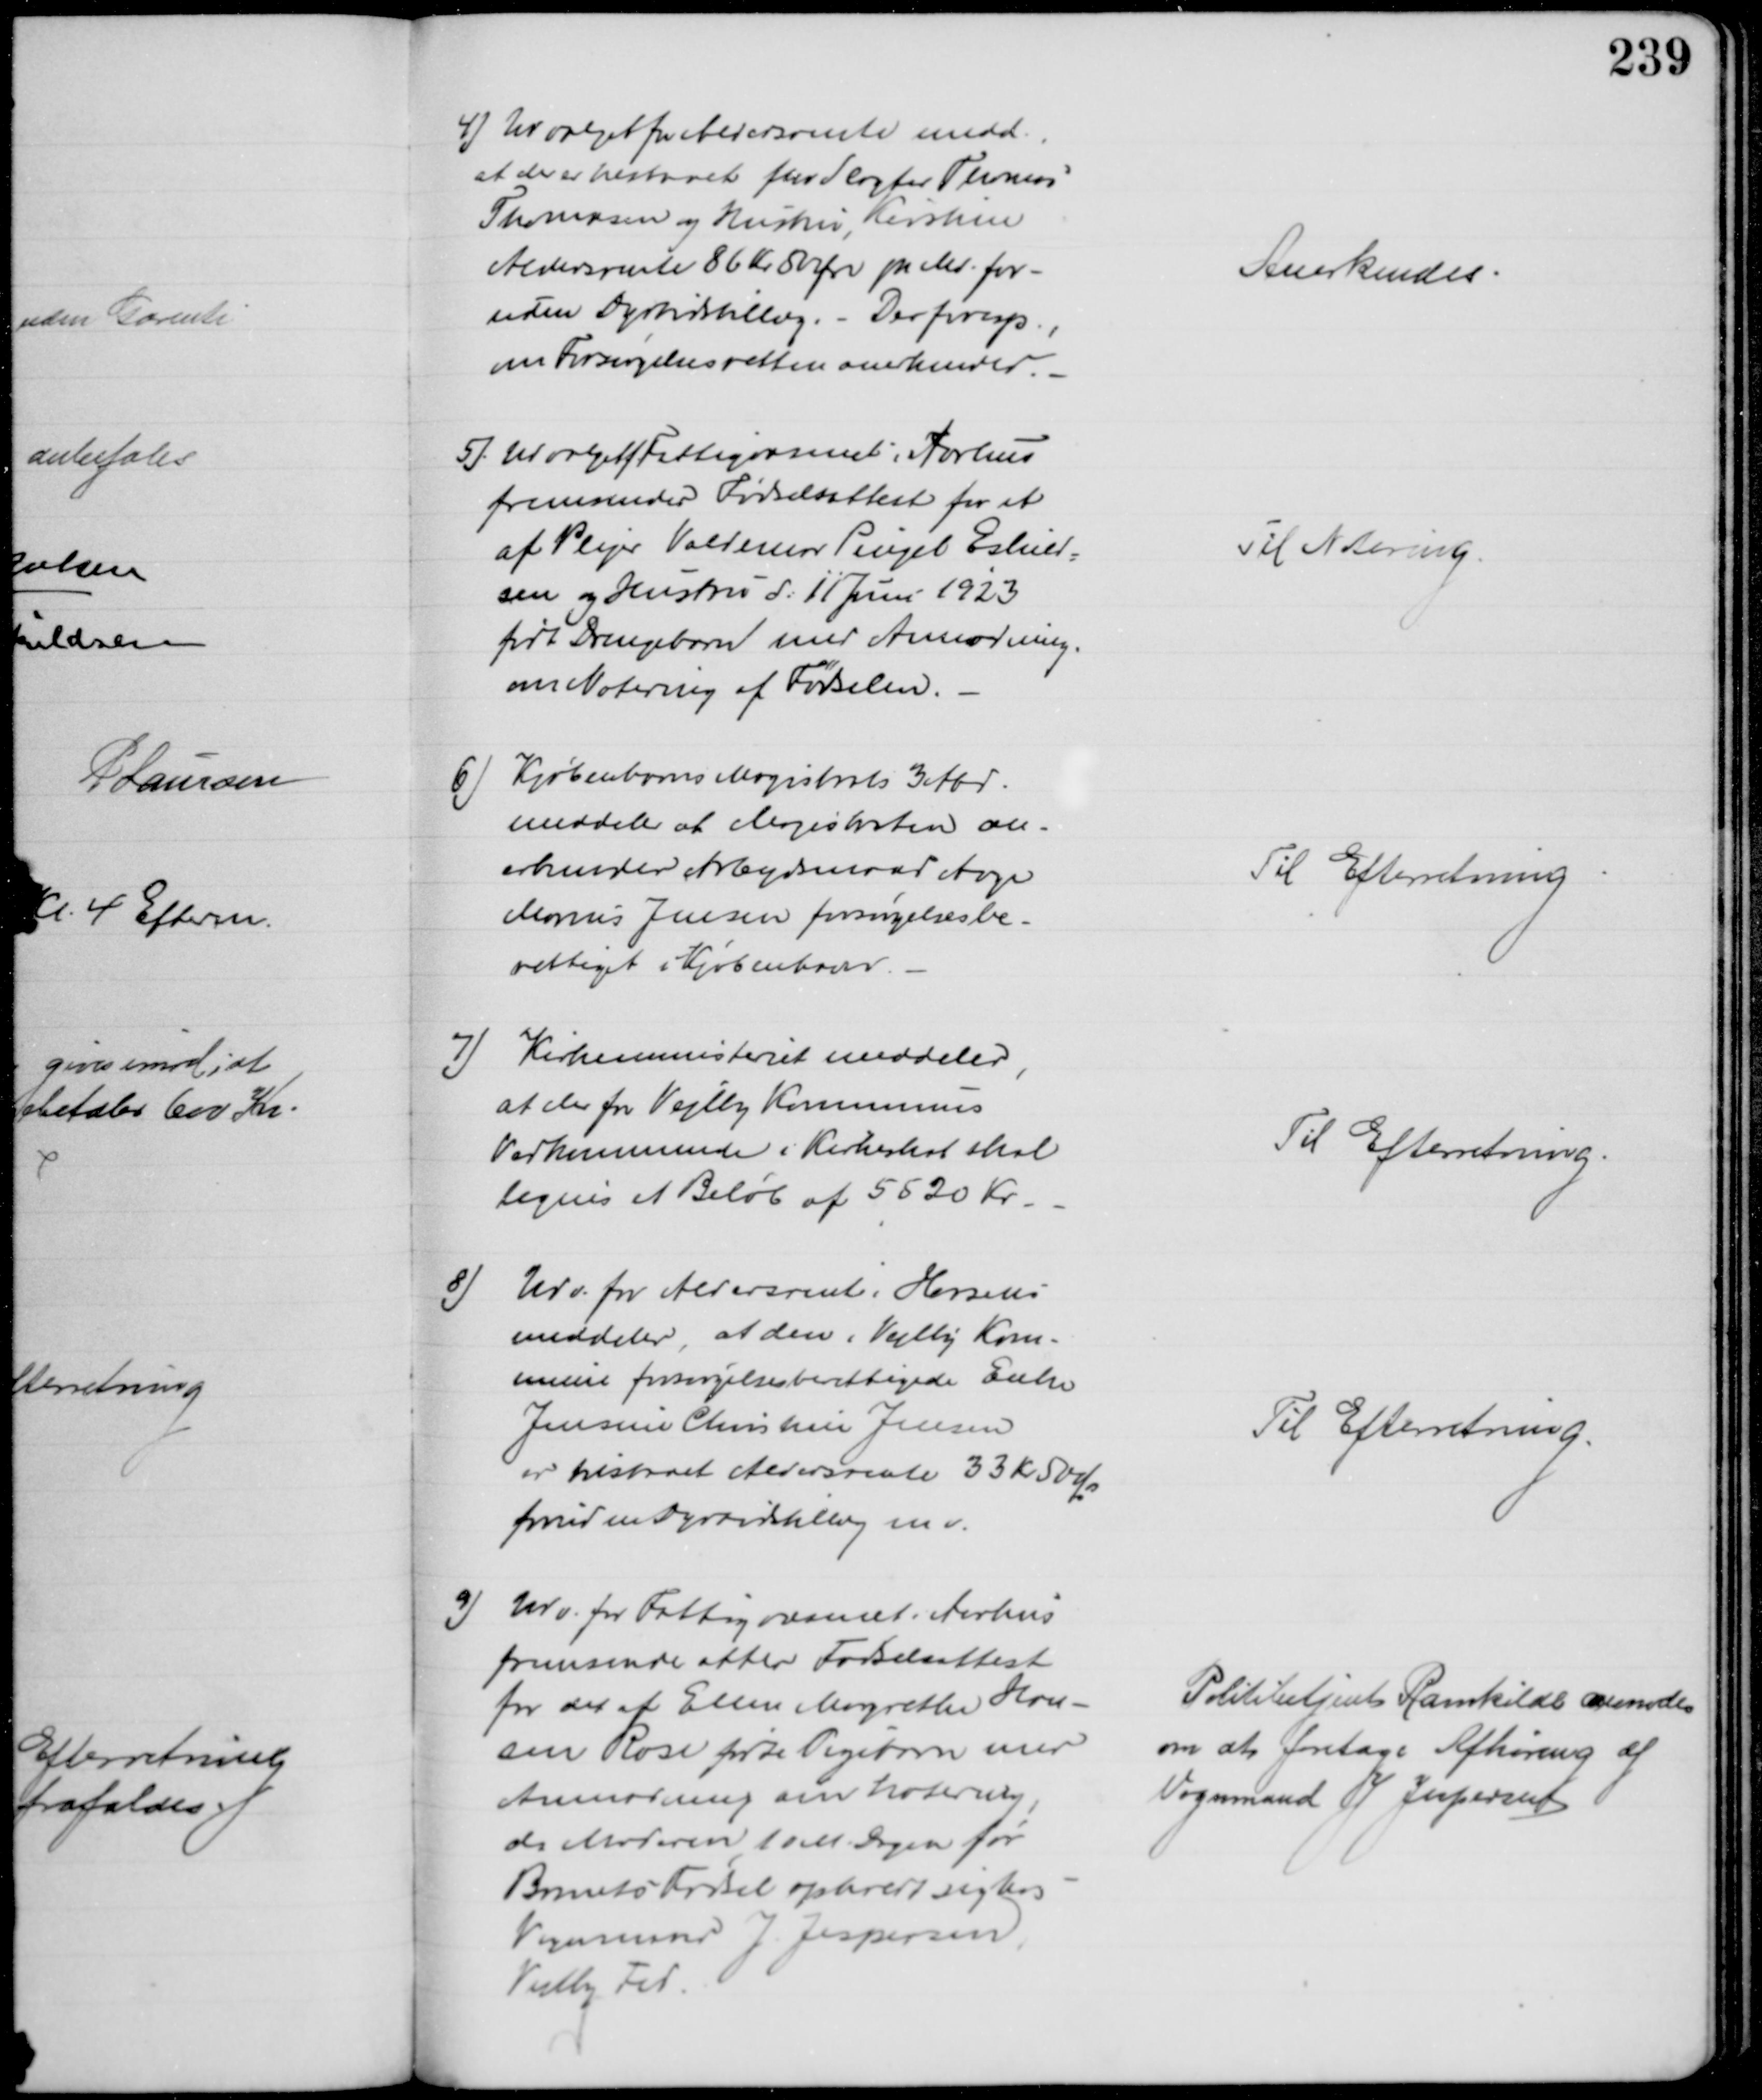
Transskription:
4) Udvalget for Aldersrente medd.
at der er tilstaaet fhv Slagter Thomas 
Thomasen og Hustru, Kirstine
Aldersrente 86 Kr 50 Øre pr Md. for-
uden Dyrtidstillæg. - Der foresp.,
om Forsørgelsesretten anerkendes.
Anerkendes
5). Udvalget f. Fattigvæsenet i Aarhus
fremsender Fødselsattest for et
af Plejer Valdemar Pingel Eskild=
sen og Hustru d: 11 Juni 1923
født Drengebarn med Anmodning
om Notering af Fødselen.
Til Notering.
6) Kjøbenhavns Magistrats 3 Afd.
meddeler at Magistraten an-
erkender Arbejdsmand Aage
Marius Jensen forsørgelsesbe-
rettiget i Kjøbenhavn.
Til Efterretning
7) Kirkeministeriet meddeler
at der for Vejlby Kommunes
Vedkommende i Kirkeskat skal 
lignes et Beløb af 5520 Kr.
Til Efterretning.
8) Udv. for Aldersrente i Horsens
meddeler, at den i Vejlby Kom-
mune forsørgelsesberetigede Enke
Jensine Christine Jensen
er tilstaaet Aldersrente 33 Kr 50 Ør
foruden Dyrtidstillæg mv.
Til Efterretning.
9) Udv. for Fattigvæsenet i Aarhus
fremsende atter Fødselsattest
for det af Ellen Magrethe Han-
sen Rose fødte Pigebarn med
Anmodning om Notering
da Moderen 10 M. Dagen før
Barnets Fødsel opholdt sig hos
Vognmand J. Jespersen
Vejlby Fed.
Politibetjent Ravnkilde anmodes
om at foretage Afhøring af 
Vognmand J Jespersen